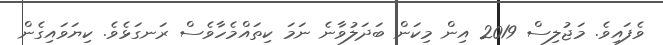
ވެފައިވެ. މަޖުލިސް 2019 އިން މިކަން ބަދަލުވާނެ ނަމަ ކިތައްމެހާވެސް ރަނގަޅެވެ. ކިޔަވައިގެން